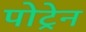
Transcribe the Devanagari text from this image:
पोट्रेन